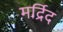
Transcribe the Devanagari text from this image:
मर्द्रिद